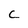
Character: C